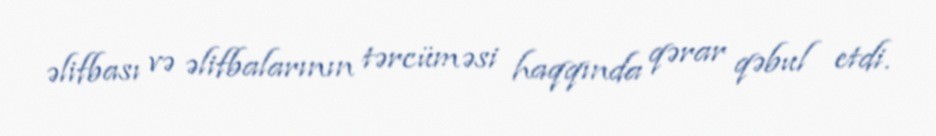
əlifbası və əlifbalarının tərcüməsi haqqında qərar qəbul etdi.